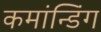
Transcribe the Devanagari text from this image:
कमांन्डिंग